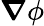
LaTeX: \boldsymbol{\nabla}\phi